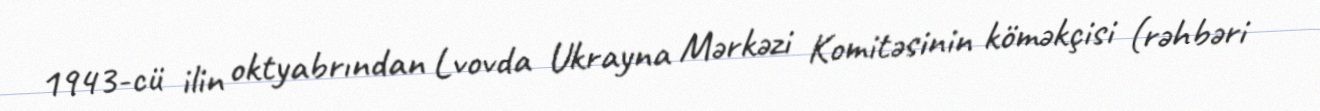
1943-cü ilin oktyabrından Lvovda Ukrayna Mərkəzi Komitəsinin köməkçisi (rəhbəri